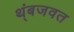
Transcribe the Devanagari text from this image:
थ्ंबजवत